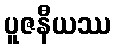
ပူဇနီယဿ